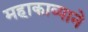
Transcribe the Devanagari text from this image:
महाकाव्याने